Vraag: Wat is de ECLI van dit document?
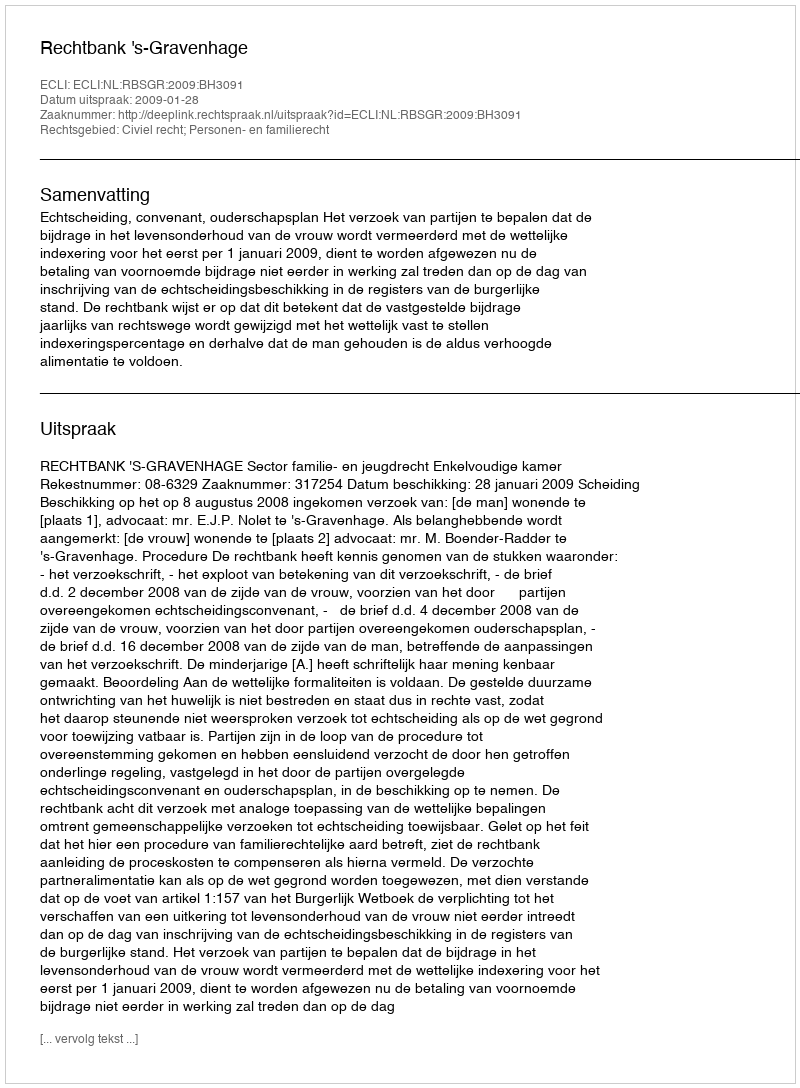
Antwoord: ECLI:NL:RBSGR:2009:BH3091